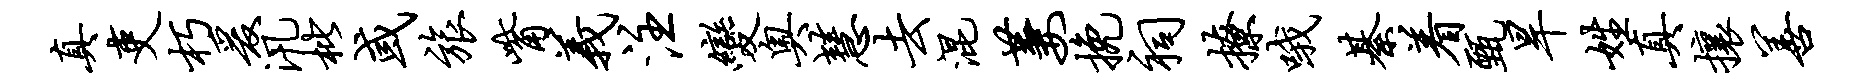
真吏朽爰汛枇或旅觜义注变奥慧去混萋挽祠撩哦綦着甄旱姓真攘善